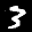
Label: 3